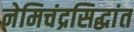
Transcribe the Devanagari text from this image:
नेमिचंद्रसिद्धांत